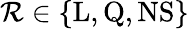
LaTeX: \mathcal{R}\in\{ \mathrm{L},\mathrm{Q},\mathrm{NS}\}